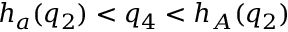
h _ { a } ( q _ { 2 } ) < q _ { 4 } < h _ { A } ( q _ { 2 } )